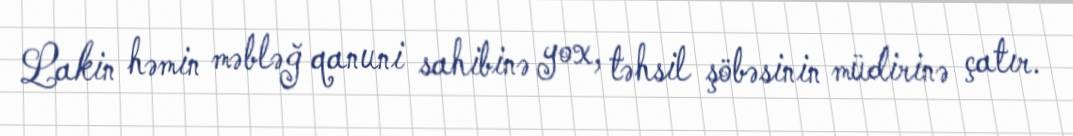
Lakin həmin məbləğ qanuni sahibinə yox, təhsil şöbəsinin müdirinə çatır.